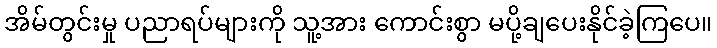
အိမ်တွင်းမှု ပညာရပ်များကို သူ့အား ကောင်းစွာ မပို့ချပေးနိုင်ခဲ့ကြပေ။